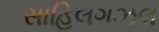
સાહિલગઝલ